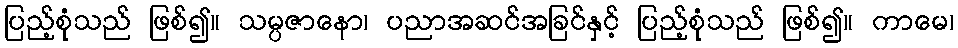
ပြည့်စုံသည် ဖြစ်၍။ သမ္ပဇာနော၊ ပညာအဆင်အခြင်နှင့် ပြည့်စုံသည် ဖြစ်၍။ ကာမေ၊